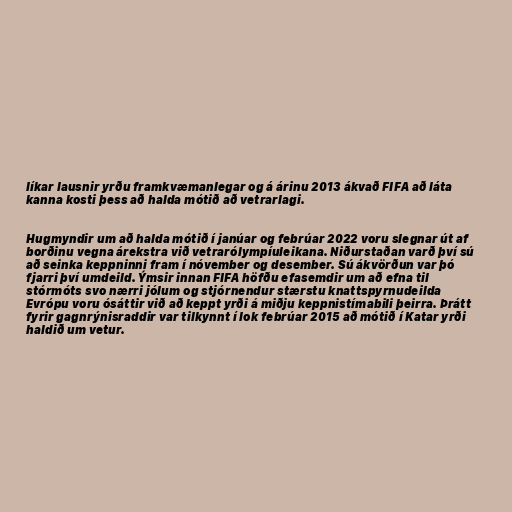
líkar lausnir yrðu framkvæmanlegar og á árinu 2013 ákvað FIFA að láta
kanna kosti þess að halda mótið að vetrarlagi.

Hugmyndir um að halda mótið í janúar og febrúar 2022 voru slegnar út af
borðinu vegna árekstra við vetrarólympíuleikana. Niðurstaðan varð því sú
að seinka keppninni fram í nóvember og desember. Sú ákvörðun var þó
fjarri því umdeild. Ýmsir innan FIFA höfðu efasemdir um að efna til
stórmóts svo nærri jólum og stjórnendur stærstu knattspyrnudeilda
Evrópu voru ósáttir við að keppt yrði á miðju keppnistímabili þeirra. Þrátt
fyrir gagnrýnisraddir var tilkynnt í lok febrúar 2015 að mótið í Katar yrði
haldið um vetur.